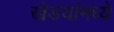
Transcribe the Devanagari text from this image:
खेडयांमध्ये